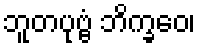
ဘူတပုဗ္ဗံ ဘိက္ခဝေ၊